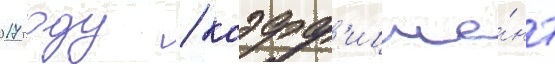
2017 году / коэфф'ицие́нт